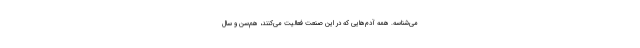
می‌شناسه. همه آدم‌هایی که در این صنعت فعالیت می‌کنند، هم‌سن و سال